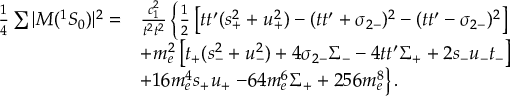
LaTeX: \begin{array} { l l } { { \frac { 1 } { 4 } \sum | { \cal M } ( ^ { 1 } S _ { 0 } ) | ^ { 2 } = } } & { { \frac { c _ { 1 } ^ { 2 } } { t ^ { 2 } t ^ { 2 } } \left\{ \frac { 1 } { 2 } \left[ t t ^ { \prime } ( s _ { + } ^ { 2 } + u _ { + } ^ { 2 } ) - ( t t ^ { \prime } + \sigma _ { 2 - } ) ^ { 2 } - ( t t ^ { \prime } - \sigma _ { 2 - } ) ^ { 2 } \right] \right. } } \\ { { } } & { { + m _ { e } ^ { 2 } \left[ t _ { + } ( s _ { - } ^ { 2 } + u _ { - } ^ { 2 } ) + 4 \sigma _ { 2 - } \Sigma _ { - } - 4 t t ^ { \prime } \Sigma _ { + } + 2 s _ { - } u _ { - } t _ { - } \right] } } \\ { { } } & { { + 1 6 m _ { e } ^ { 4 } s _ { + } u _ { + } \left. - 6 4 m _ { e } ^ { 6 } \Sigma _ { + } + 2 5 6 m _ { e } ^ { 8 } \right\} . } } \end{array}